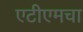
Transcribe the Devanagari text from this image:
एटीएमचा